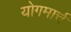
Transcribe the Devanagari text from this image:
योगमार्च